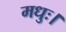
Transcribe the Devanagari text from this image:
मधुः।